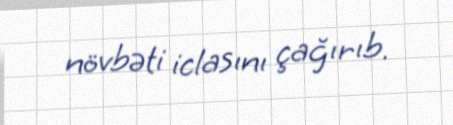
növbəti iclasını çağırıb.